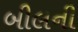
બીલની